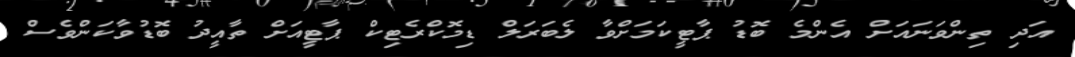
އަދި ތިންވަނައަށް އެންމެ ބޮޑު ޕާޓީކަމަށްވާ ލެބަރަލް ޑިމޮކްރެޓިކް ޕާޓީއަށް ތާއީދު ބޮޑުވާކަންވެސް